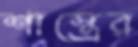
শাস্ত্রের